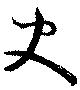
史